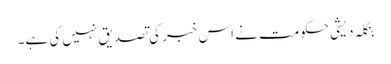
بنگلہ دیشی حکومت نے اس خبر کی تصدیق نہیں کی ہے۔